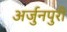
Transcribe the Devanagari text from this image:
अर्जुनपुरी